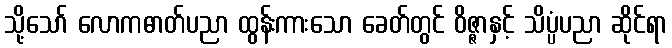
သို့သော် လောကဓာတ်ပညာ ထွန်းကားသော ခေတ်တွင် ဝိဇ္ဇာနှင့် သိပ္ပံပညာ ဆိုင်ရာ